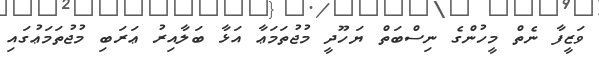
ވަޒީފާ ނެތް މީހުންގެ ނިސްބަތް ޔަހޫދީ މުޖުތަމަޢާ އަޅާ ބަލާއިރު ޢަރަބި މުޖުތަމަޢުގައި